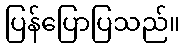
ပြန်ပြောပြသည်။